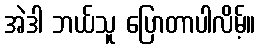
အဲဒါ ဘယ်သူ ပြောတာပါလိမ့်။